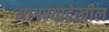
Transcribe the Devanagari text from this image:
मागण्यादेखील